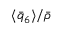
\langle \bar { q } _ { 6 } \rangle / \bar { \rho }